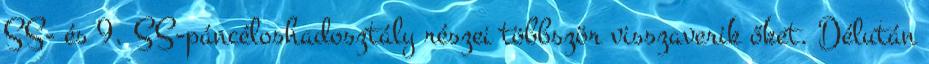
SS- és 9. SS-páncéloshadosztály részei többször visszaverik őket. Délután